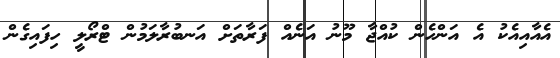
އެއާއިއެކު އެ އަންހެން ކުއްޖާ މޫނު އަނެއް ފަރާތަށް އަނބުރާލަމުން ޓްރޯލީ ހިފައިގެން